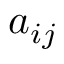
a _ { i j }